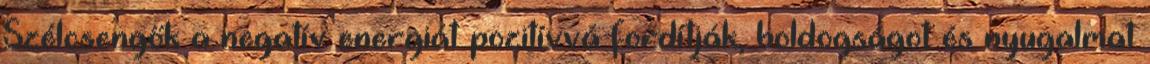
Szélcsengők a negatív energiát pozitívvá fordítják, boldogságot és nyugalmat